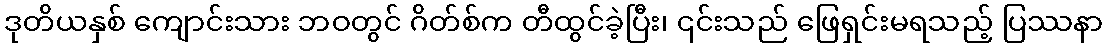
ဒုတိယနှစ် ကျောင်းသား ဘဝတွင် ဂိတ်စ်က တီထွင်ခဲ့ပြီး၊ ၎င်းသည် ဖြေရှင်းမရသည့် ပြဿနာ